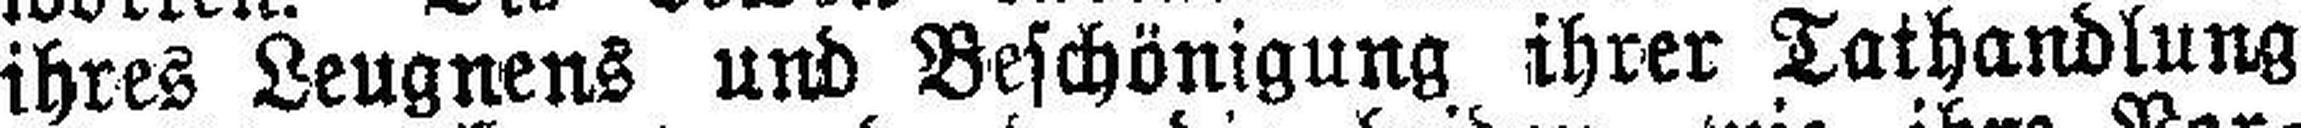
ihres Leugnens und Beschönigung ihrer Tathandlung